Indian journal of veterinary science and animal husbandry - Volume 9,
Year: 1939
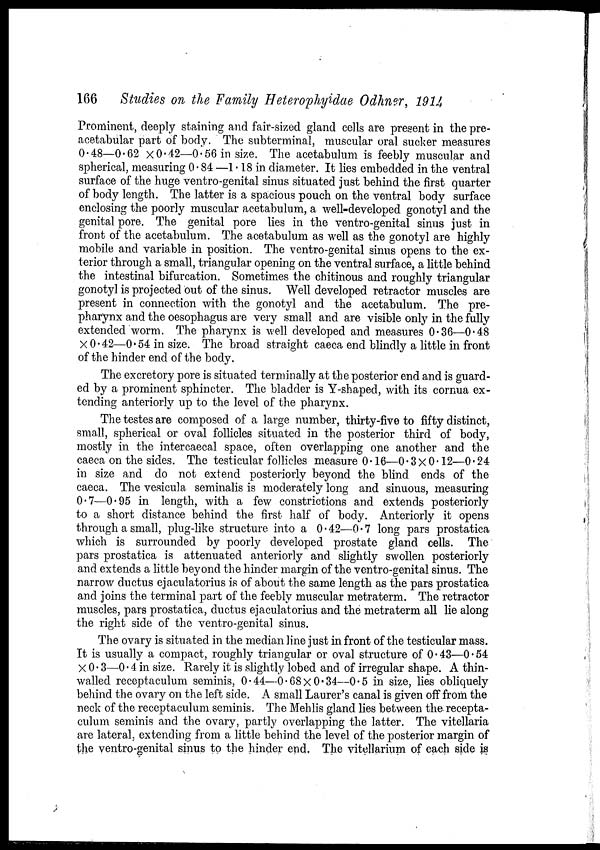
166
Studies on the Family Heterophyidae Odhner, 1914
Prominent, deeply staining and fair-sized gland cells are present in the pre-
acetabular part of body. The subterminal, muscular oral sucker measures
0.48—0.62 × 0.42—0.56 in size. The acetabulum is feebly muscular and
spherical, measuring 0.84 —1.18 in diameter. It lies embedded in the ventral
surface of the huge ventro-genital sinus situated just behind the first quarter
of body length. The latter is a spacious pouch on the ventral body surface
enclosing the poorly muscular acetabulum, a well-developed gonotyl and the
genital pore. The genital pore lies in the ventro-genital sinus just in
front of the acetabulum. The acetabulum as well as the gonotyl are highly
mobile and variable in position. The ventro-genital sinus opens to the ex-
terior through a small, triangular opening on the ventral surface, a little behind
the intestinal bifurcation. Sometimes the chitinous and roughly triangular
gonotyl is projected out of the sinus. Well developed retractor muscles are
present in connection with the gonotyl and the acetabulum. The pre-
pharynx and the oesophagus are very small and are visible only in the fully
extended worm. The pharynx is well developed and measures 0.36—0.48
× 0.42—0.54 in size. The broad straight caeca end blindly a little in front
of the hinder end of the body.
The excretory pore is situated terminally at the posterior end and is guard-
ed by a prominent sphincter. The bladder is Y-shaped, with its cornua ex-
tending anteriorly up to the level of the pharynx.
The testes are composed of a large number, thirty-five to fifty distinct,
small, spherical or oval follicles situated in the posterior third of body,
mostly in the intercaecal space, often overlapping one another and the
caeca on the sides. The testicular follicles measure 0.16—0.3×0.12—0. 24
in size and do not extend posteriorly beyond the blind ends of the
caeca. The vesicula seminalis is moderately long and sinuous, measuring
0.7—0.95 in length, with a few constrictions and extends posteriorly
to a short distance behind the first half of body. Anteriorly it opens
through a small, plug-like structure into a 0.42—0.7 long pars prostatiea
which is surrounded by poorly developed prostate gland cells. The
pars prostatiea is attenuated anteriorly and slightly swollen posteriorly
and extends a little beyond the hinder margin of the ventro-genital sinus. The
narrow ductus ejaculatorius is of about the same length as the pars prostatica
and joins the terminal part of the feebly muscular metraterm. The retractor
muscles, pars prostatica, ductus ejaculatorius and the metraterm all lie along
the right side of the ventro-genital sinus.
The ovary is situated in the median line just in front of the testicular mass.
It is usually a compact, roughly triangular or oval structure of 0.43—0.54
× 0.3—0.4 in size. Rarely it is slightly lobed and of irregular shape. A thin-
walled receptaculum seminis, 0.44—0.68 × 0.34—0.5 in size, lies obliquely
behind the ovary on the left side. A small Laurer's canal is given off from the
neck of the receptaculum seminis. The Mehlis gland lies between the recepta-
culum seminis and the ovary, partly overlapping the latter. The vitellaria
are lateral, extending from a little behind the level of the posterior margin of
the ventro-genital sinus to the hinder end. The vitellarium of each side is